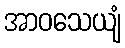
အာဝသေယျံ